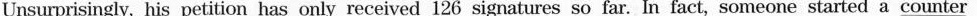
Unsurprisingly, his petition has only received 126 signatures so far. In fact, someone started a counter